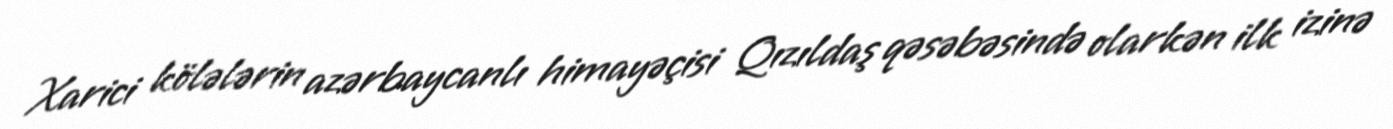
Xarici kölələrin azərbaycanlı himayəçisi Qızıldaş qəsəbəsində olarkən ilk izinə